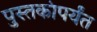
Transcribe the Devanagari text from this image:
पुस्तकांपर्यंत